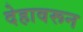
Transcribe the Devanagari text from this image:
देहावरून